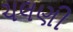
ચલણી